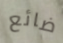
ضائع